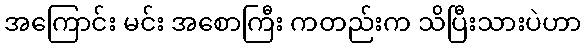
အကြောင်း မင်း အစောကြီး ကတည်းက သိပြီးသားပဲဟာ